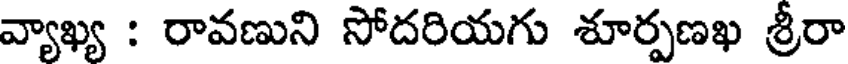
వ్యాఖ్య : రావణుని సోదరియగు శూర్పణఖ శ్రీరా